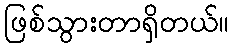
ဖြစ်သွားတာရှိတယ်။